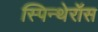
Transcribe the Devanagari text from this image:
स्पिन्थेरॉस